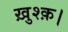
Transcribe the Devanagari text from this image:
ख़ुश्क़।